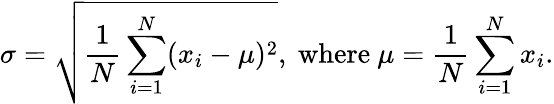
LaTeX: \sigma={\sqrt{{\frac{1}{N}}\sum_{i=1}^{N}(x_{i}-\mu)^{2}}},{\mathrm{~where~}}\mu={\frac{1}{N}}\sum_{i=1}^{N}x_{i}.